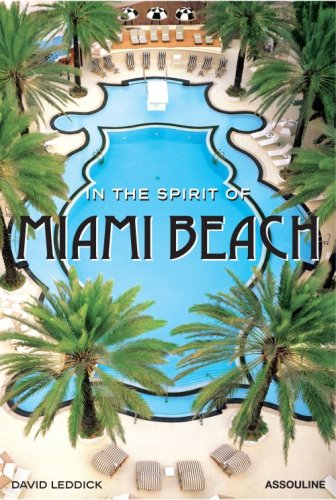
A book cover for In the Spirit of Miami Beach; David Leddick; Travel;